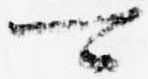
可